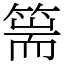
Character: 篅